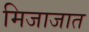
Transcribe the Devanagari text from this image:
मिजाजात